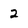
Character: 2